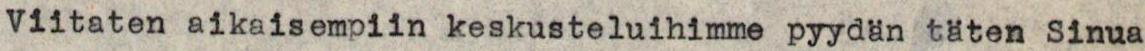
Viitaten aikaisempiin keskusteluihimme pyydän täten Sinua